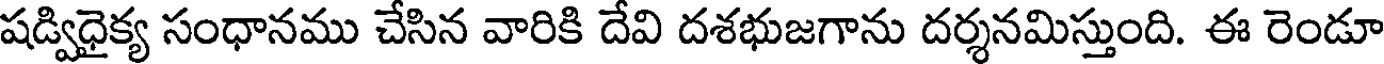
షడ్విధైక్య సంధానము చేసిన వారికి దేవి దశభుజగాను దర్శనమిస్తుంది. ఈ రెండూ